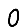
Digit: 0